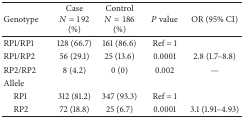
| Genotype | Case N = 192 (%) | Control N = 186 (%) | P value | OR (95% CI) |
 | --- | --- | --- | --- | --- |
 | RP1/RP1 | 128 (66.7) | 161 (86.6) | Ref = 1 |  |
 | RP1/RP2 | 56 (29.1) | 25 (13.6) | 0.0001 | 2.8 (1.7–8.8) |
 | RP2/RP2 | 8 (4.2) | 0 (0) | 0.002 | — |
 | Allele |  |  |  |  |
 | RP1 | 312 (81.2) | 347 (93.3) | Ref = 1 |  |
 | RP2 | 72 (18.8) | 25 (6.7) | 0.0001 | 3.1 (1.91–4.93) |